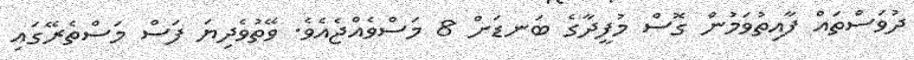
ދުވަސްތައް ފާއިތުވަމުން ގޮސް މުފީދާގެ ބަނޑަށް 8 މަސްވެއްޖެއެވެ. ވޭތުވެދިޔަ ފަސް މަސްތެރޭގައި